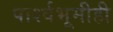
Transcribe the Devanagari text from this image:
पार्श्वभूमीही